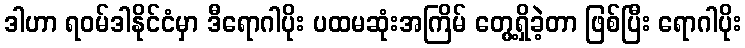
ဒါဟာ ရဝမ်ဒါနိုင်ငံမှာ ဒီရောဂါပိုး ပထမဆုံးအကြိမ် တွေ့ရှိခဲ့တာ ဖြစ်ပြီး ရောဂါပိုး